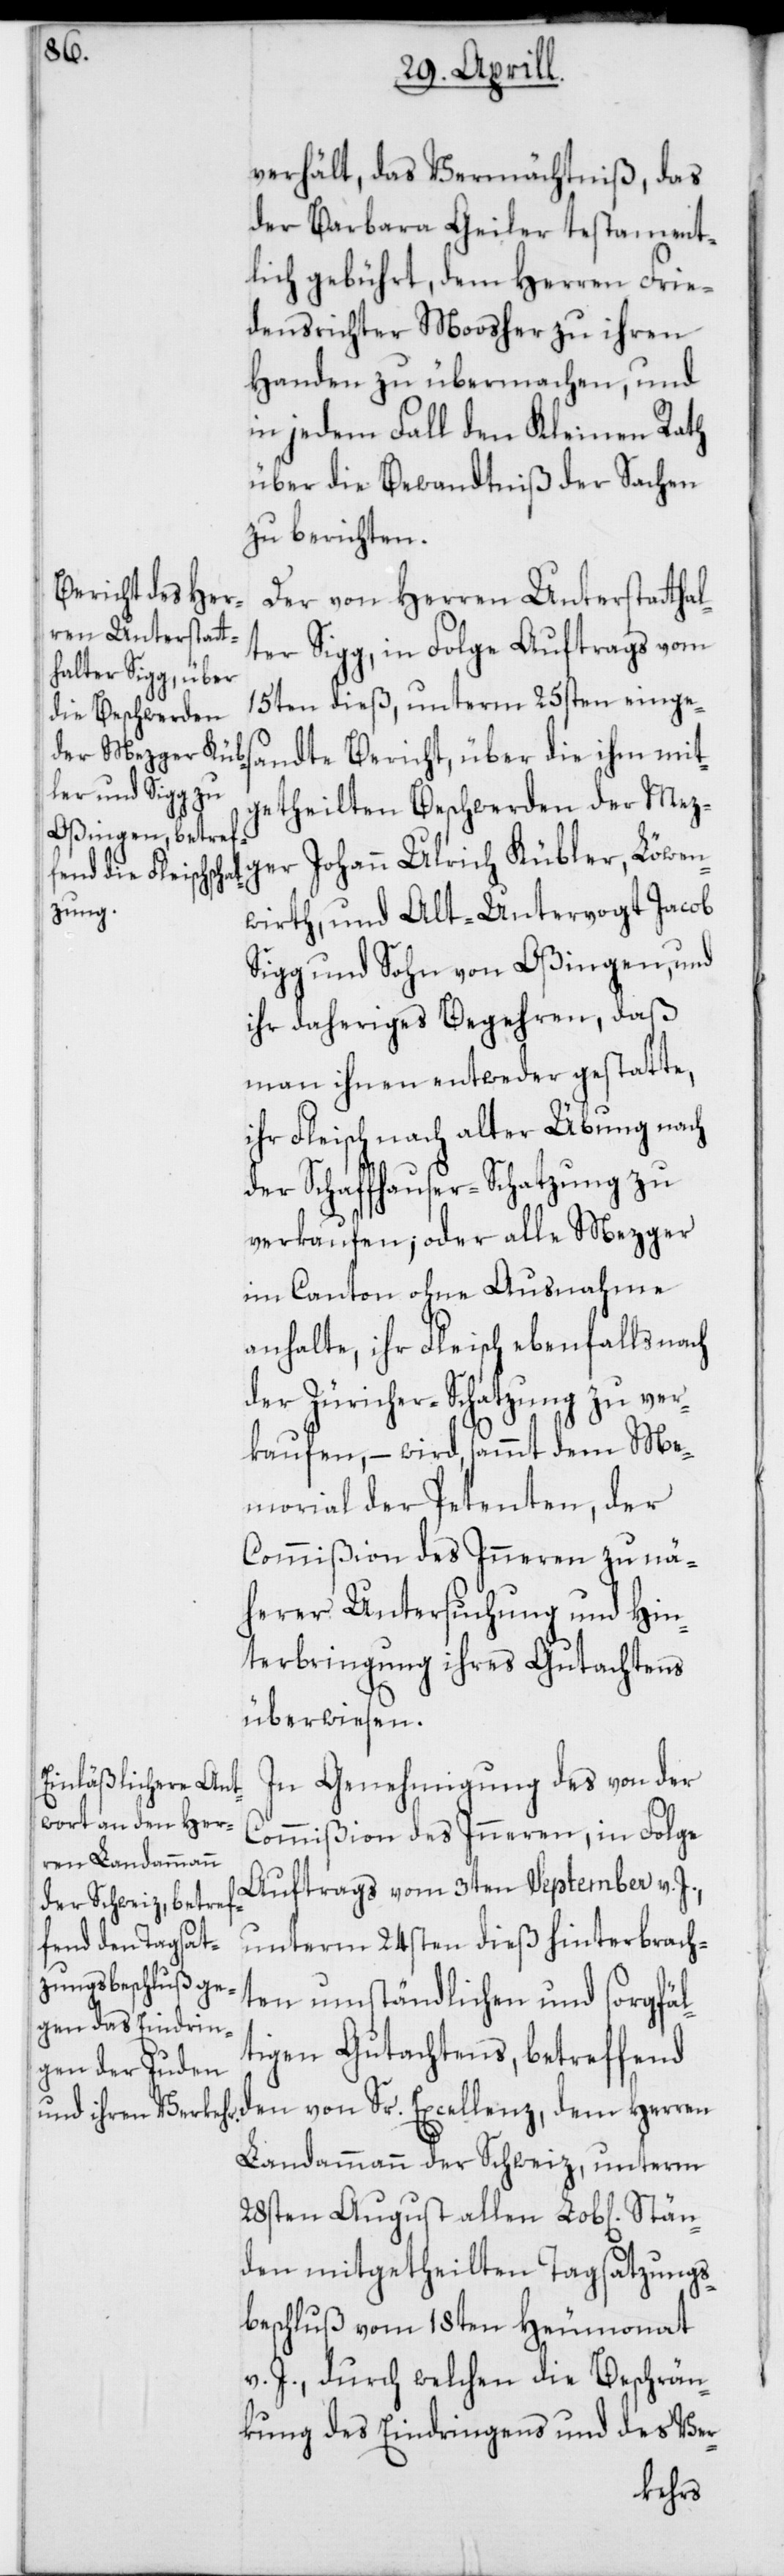
Stän¬

verhält, das Vermächtniß, das
der Barbara Geiler testament¬
lich gebührt, dem Herren Frie¬
densrichter Moosher zu ihren
Handen zu übermachen, und
in jedem Fall den Kleinen Rath
über die Bewandtniß der Sachen
zu berichten.
Der von Herren Unterstattha¬
lter Sigg, in Folge Auftrags vom
15ten dieß, unterm 25sten einges¬
andte Bericht, über die ihm mit¬
getheilten Beschwerden der Mez¬
ger Johann Ulrich Kübler, Löwen¬
wirth, und Alt-Untervogt Jacob
Sigg und Sohn von Oßingen, und
ihr daheriges Begehren, daß
man ihnen entweder gestatte,
ihr Fleisch nach alter Übung nach
der Schaffhauser-Schatzung zu
verkaufen; oder alle Mezger
im Canton ohne Ausnahme
anhalte, ihr Fleisch ebenfalls nach
der Züricher-Schatzung zu ver¬
kaufen, – wird sammt dem Me¬
morial der Petenten, der
Commißion des Inneren zu nä¬
herer Untersuchung und Hin¬
terbringung ihres Gutachtens
überwiesen.
In Genehmigung des von der
Commißion des Inneren, in Folge
Auftrags vom 3ten September v. J.,
unterm 24sten dieß hinterbrach¬
ten umständlichen und sorgfäl¬
tigen Gutachtens, betreffend
den von Sr. Excellenz, dem Herren
Landammann der Schweiz, unterm
28sten August allen Lob[lichen]
den mitgetheilten Tagsatzungs¬
beschluß vom 18ten Heumonat
v. J., durch welchen die Beschrän¬
kung des Eindringens und des Ver-